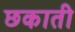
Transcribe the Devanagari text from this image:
छकाती